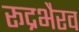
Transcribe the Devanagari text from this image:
रूद्रभैरव